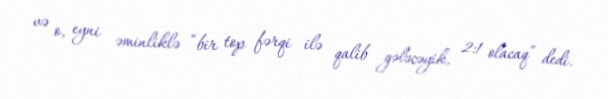
və o, eyni əminliklə “bir top fərqi ilə qalib gələcəyik, 2:1 olacaq” dedi.